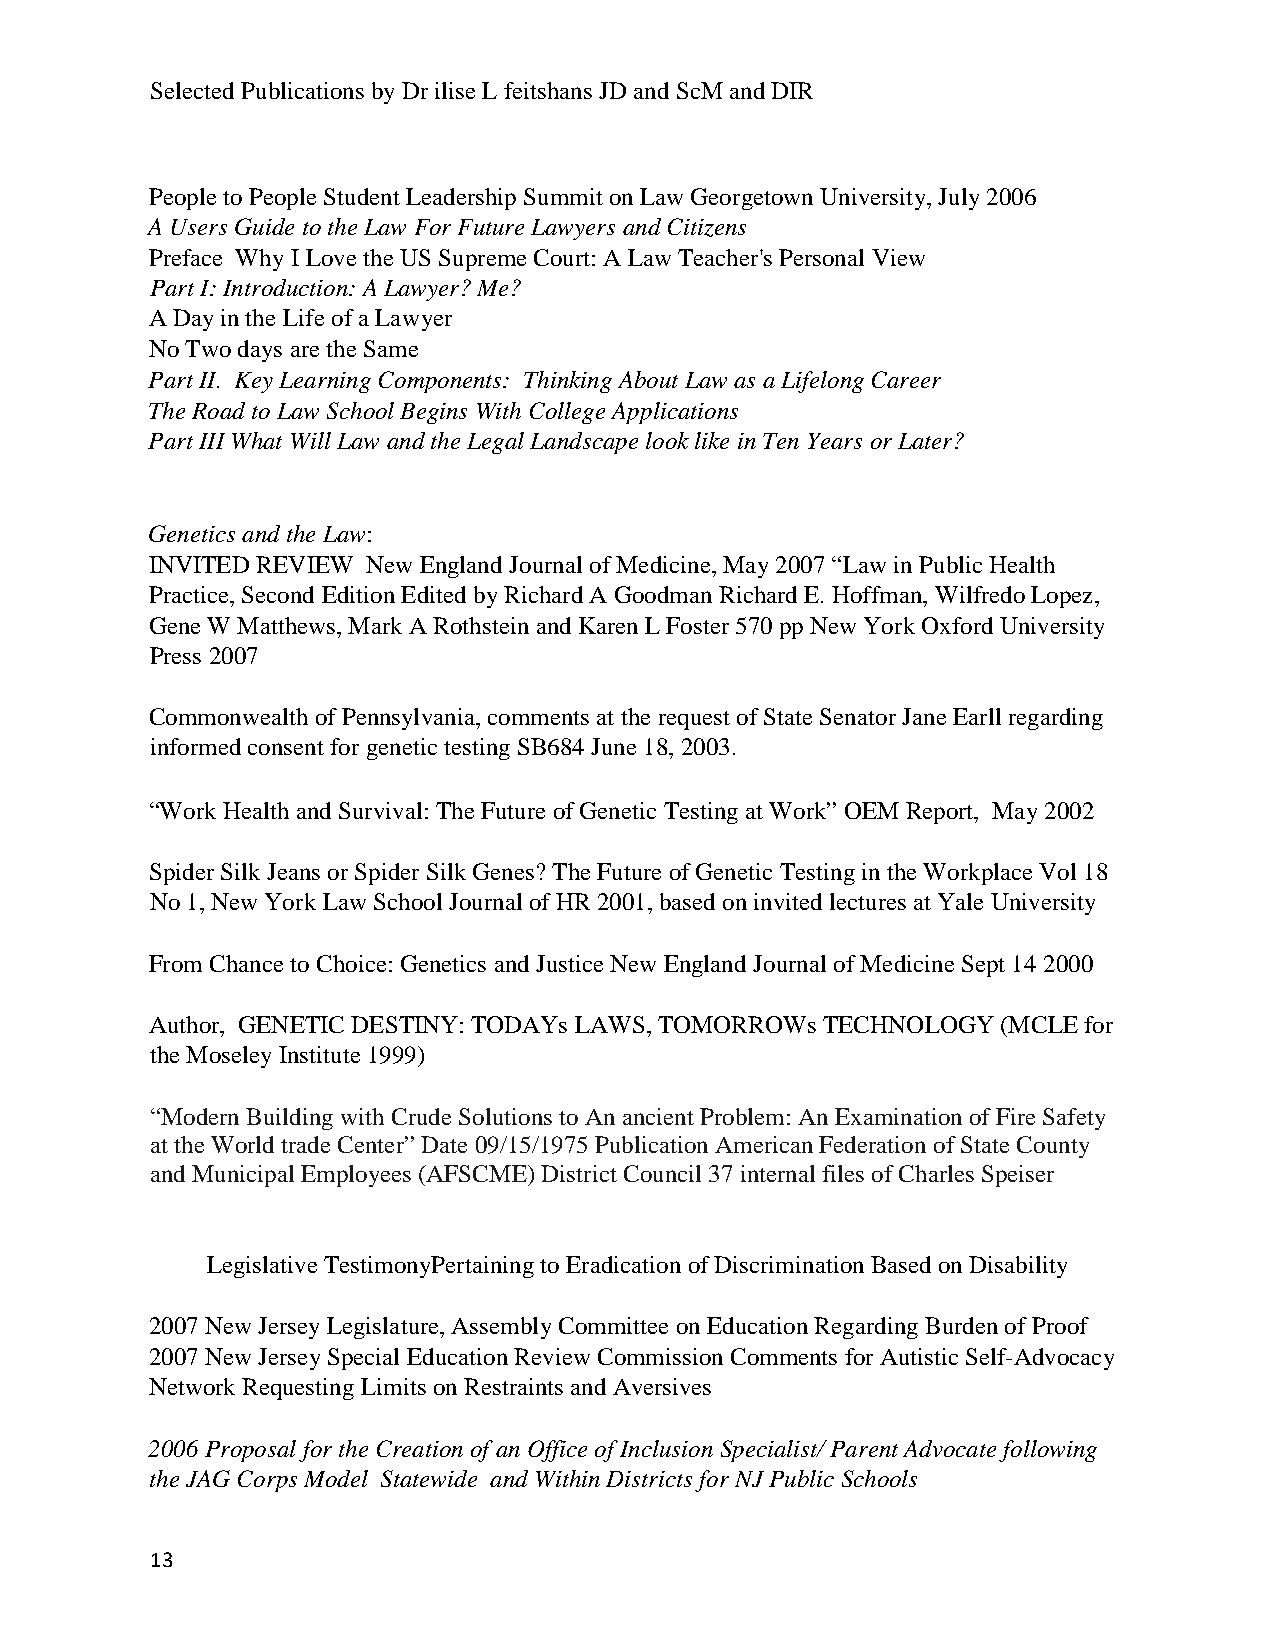
Selected Publications by Dr ilise L feitshans JD and ScM and DIR
 People to People Student Leadership Summit on Law Georgetown University, July 2006
 A Users Guide to the Law For Future Lawyers and Citizens
 Preface Why I Love the US Supreme Court: A Law Teacher's Personal View
 Part I: Introduction: A Lawyer? Me?
 A Day in the Life of a Lawyer
 No Two days are the Same
 Part II. Key Learning Components: Thinking About Law as a Lifelong Career
 The Road to Law School Begins With College Applications
 Part III What Will Law and the Legal Landscape look like in Ten Years or Later?
 Genetics and the Law:
 INVITED REVIEW New England Journal of Medicine, May 2007 “Law in Public Health
 Practice, Second Edition Edited by Richard A Goodman Richard E. Hoffman, Wilfredo Lopez,
 Gene W Matthews, Mark A Rothstein and Karen L Foster 570 pp New York Oxford University
 Press 2007
 Commonwealth of Pennsylvania, comments at the request of State Senator Jane Earll regarding
 informed consent for genetic testing SB684 June 18, 2003.
 “Work Health and Survival: The Future of Genetic Testing at Work” OEM Report, May 2002
 Spider Silk Jeans or Spider Silk Genes? The Future of Genetic Testing in the Workplace Vol 18
 No 1, New York Law School Journal of HR 2001, based on invited lectures at Yale University
 From Chance to Choice: Genetics and Justice New England Journal of Medicine Sept 14 2000
 Author, GENETIC DESTINY: TODAYs LAWS, TOMORROWs TECHNOLOGY (MCLE for
 the Moseley Institute 1999)
 “Modern Building with Crude Solutions to An ancient Problem: An Examination of Fire Safety
 at the World trade Center” Date 09/15/1975 Publication American Federation of State County
 and Municipal Employees (AFSCME) District Council 37 internal files of Charles Speiser
 Legislative TestimonyPertaining to Eradication of Discrimination Based on Disability
 2007 New Jersey Legislature, Assembly Committee on Education Regarding Burden of Proof
 2007 New Jersey Special Education Review Commission Comments for Autistic Self-Advocacy
 Network Requesting Limits on Restraints and Aversives
 2006 Proposal for the Creation of an Office of Inclusion Specialist/ Parent Advocate following
 the JAG Corps Model Statewide and Within Districts for NJ Public Schools
 13